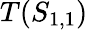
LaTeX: T(S_{1,1})